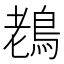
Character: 䳓